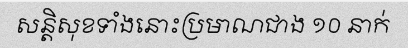
សន្តិសុខទាំងនោះប្រមាណជាង ១០ នាក់